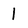
Character: 1